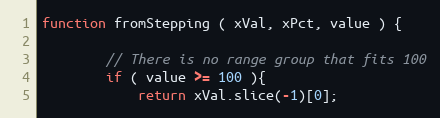
Language: JavaScript
function fromStepping ( xVal, xPct, value ) {

        // There is no range group that fits 100
        if ( value >= 100 ){
            return xVal.slice(-1)[0];